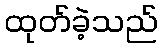
ထုတ်ခဲ့သည်